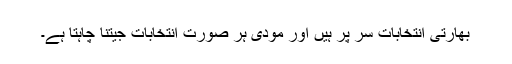
بھارتی انتخابات سر پر ہیں اور مودی ہر صورت انتخابات جیتنا چاہتا ہے۔